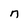
Character: n